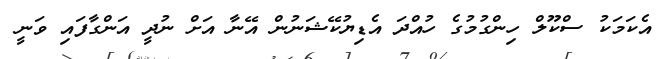
އެކަމަކު ސްކޫލް ހިންގުމުގެ ހުއްދަ އެޑިޔުކޭޝަނުން އޭނާ އަށް ނުދީ އަންގާފައި ވަނީ